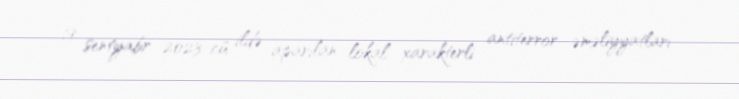
19 sentyabr 2023-cü ildə aparılan lokal xarakterli antiterror əməliyyatları